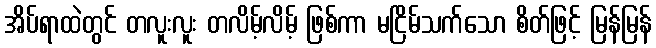
အိပ်ရာထဲတွင် တလူးလူး တလိမ့်လိမ့် ဖြစ်ကာ မငြိမ်သက်သော စိတ်ဖြင့် မြန်မြန်